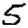
Digit: 5